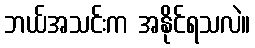
ဘယ်အသင်းက အနိုင်ရသလဲ။